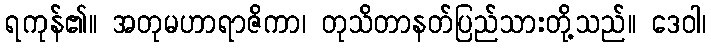
ရကုန်၏။ အတုမဟာရာဇိကာ၊ တုသိတာနတ်ပြည်သားတို့သည်။ ဒေဝါ၊